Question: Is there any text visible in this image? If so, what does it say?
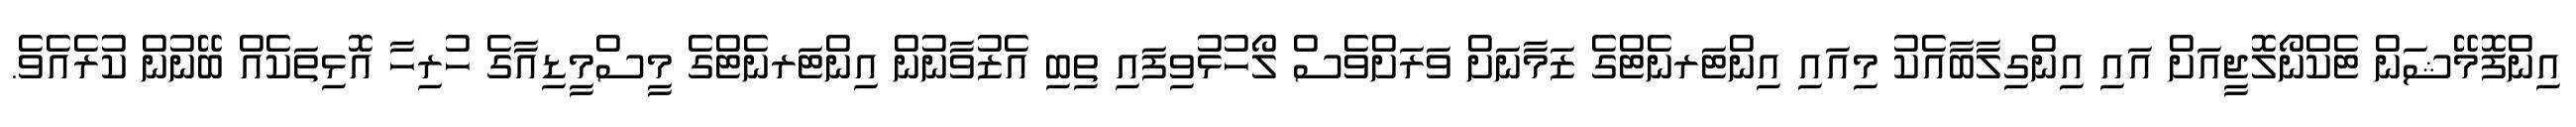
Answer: އިންފޮމޭޝަން ޓެކްނޯލޮޖީއަށް އައި އިންގިލާބާއެކު މިއައި އިންޓަރނެޓްގެ ޒަމާނަށް ވަރަށްވެސް ލޯހުޅުވިފައި ތިބި އެޒުވާނުން އިންޓަރނެޓްގެ މީސްމީޑިއާގެ ހުރިހާ އޮޅިތަކެއް ބޭނުން ކުރެއެވެ.